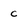
Character: C